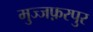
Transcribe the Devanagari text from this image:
मुज्जफ़रपुर